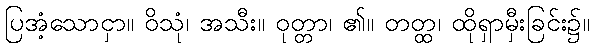
ပြအံ့သောငှာ။ ဝိသုံ၊ အသီး။ ဝုတ္တာ၊ ၏။ တတ္ထ၊ ထိုရှာမှီးခြင်း၌။